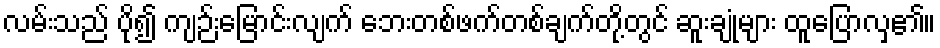
လမ်းသည် ပို၍ ကျဉ်းမြောင်းလျက် ဘေးတစ်ဖက်တစ်ချက်တို့တွင် ဆူးချုံများ ထူပြောလှ၏။